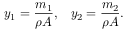
y _ { 1 } = \frac { m _ { 1 } } { \rho A } , \; \; \; y _ { 2 } = \frac { m _ { 2 } } { \rho A } .